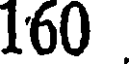
160